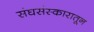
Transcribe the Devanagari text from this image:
संघसंस्कारातून